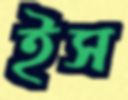
ইস